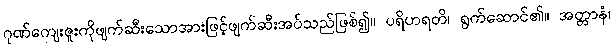
ဂုဏ်ကျေးဇူးကိုဖျက်ဆီးသောအားဖြင့်ဖျက်ဆီးအပ်သည်ဖြစ်၍။ ပရိဟရတိ၊ ရွက်ဆောင်၏။ အတ္တာနံ၊